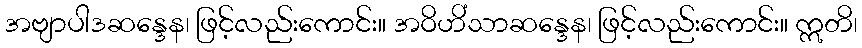
အဗျာပါဒဆန္ဒေန၊ ဖြင့်လည်းကောင်း။ အဝိဟိံသာဆန္ဒေန၊ ဖြင့်လည်းကောင်း။ ဣတိ၊